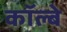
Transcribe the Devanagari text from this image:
कॉल्बे